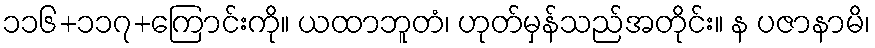
၁၁၆+၁၁၇+ကြောင်းကို။ ယထာဘူတံ၊ ဟုတ်မှန်သည်အတိုင်း။ န ပဇာနာမိ၊